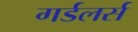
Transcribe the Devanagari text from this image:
गर्डलर्स